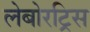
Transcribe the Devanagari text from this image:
लेबोरट्रिस